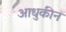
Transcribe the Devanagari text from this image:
आधुकीन